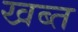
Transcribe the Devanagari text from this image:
खब्त